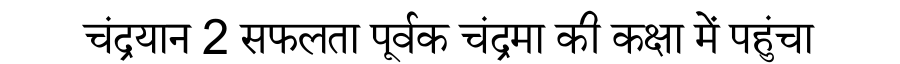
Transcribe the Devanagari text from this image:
चंद्रयान 2 सफलता पूर्वक चंद्रमा की कक्षा में पहुंचा